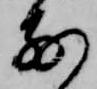
前